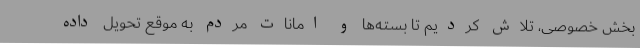
بخش خصوصی، تلاش کردیم تا بسته‌ها و امانات مردم به موقع تحویل داده